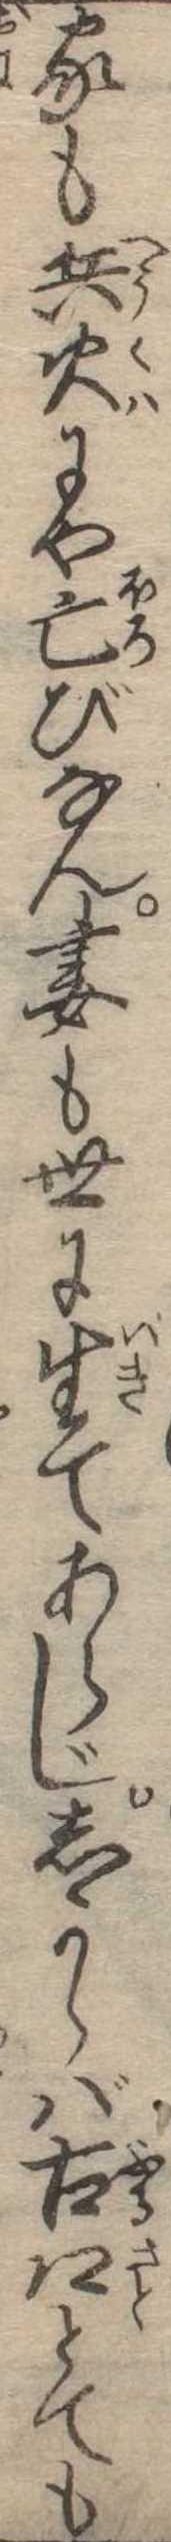
家も兵火にや亡びなん妻も世に生てあらじしからば古郷とても